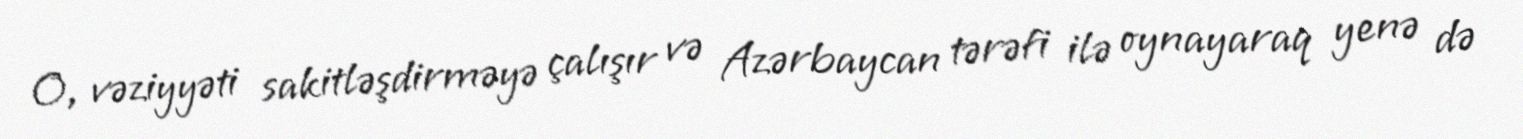
O, vəziyyəti sakitləşdirməyə çalışır və Azərbaycan tərəfi ilə oynayaraq yenə də